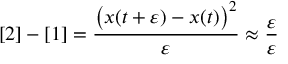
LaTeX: [ 2 ] - [ 1 ] = { \frac { { \big ( } x ( t + \varepsilon ) - x ( t ) { \big ) } ^ { 2 } } { \varepsilon } } \approx { \frac { \varepsilon } { \varepsilon } }